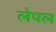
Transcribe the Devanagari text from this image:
लेपल